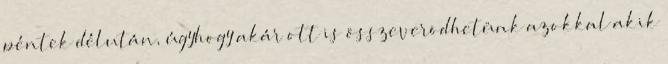
péntek délután, úgyhogy akár ott is összeverõdhetünk azokkal akik